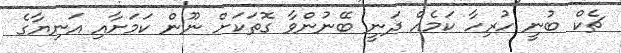
ޗެކް ބުނީ ހުރިހާ ކަމެއް ދަނީ ބޭނުންވާ ގޮތަކަށް ނޫން ކަމަށާއި އަނިޔާގެ